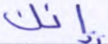
إنك